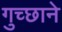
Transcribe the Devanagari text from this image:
गुच्छाने